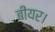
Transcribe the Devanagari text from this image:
बीयर।